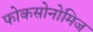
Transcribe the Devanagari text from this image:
फोकसोनोमिज